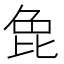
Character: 𭯍